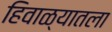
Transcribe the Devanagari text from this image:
हिवाळ्यातला